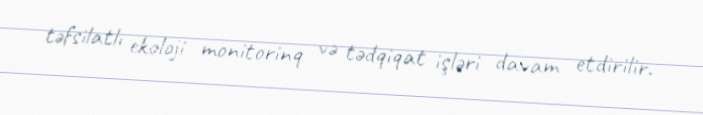
təfsilatlı ekoloji monitorinq və tədqiqat işləri davam etdirilir.